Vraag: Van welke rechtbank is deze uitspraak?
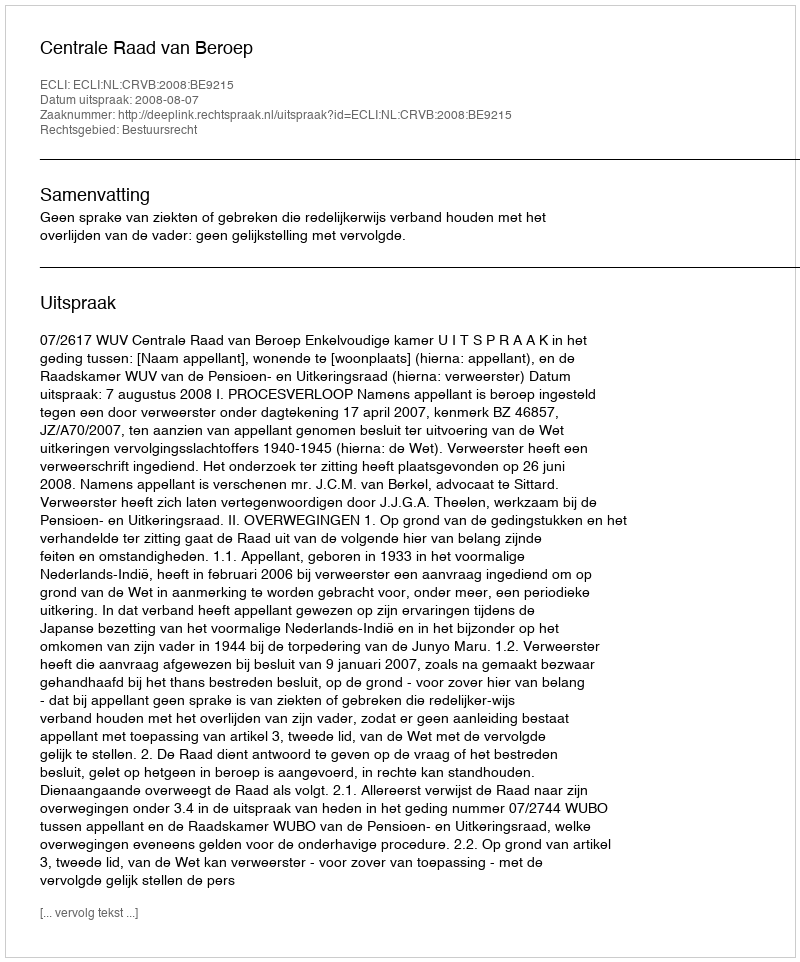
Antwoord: Centrale Raad van Beroep